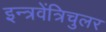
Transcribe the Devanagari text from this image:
इन्त्रवेंत्रिचुलर